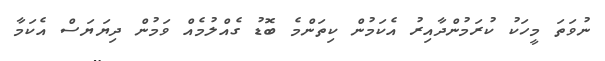
ނުވަތަ މީހަކު ކުރަމުންދާއިރު އެކަމުން ކިތަންމެ ބޮޑު ގެއްލުމެއް ވަމުން ދިޔަޔަސް އެކަމާ